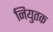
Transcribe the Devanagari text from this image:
नियुतक